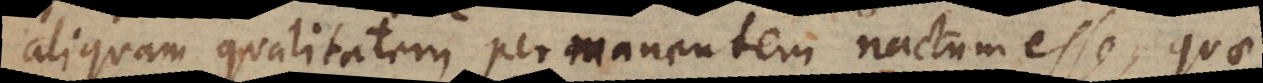
aliquam qualitatem permanentem nactum esse, quae